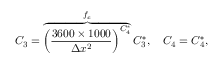
C _ { 3 } = \overbrace { { \left( \frac { 3 6 0 0 \times 1 0 0 0 } { \Delta x ^ { 2 } } \right) } ^ { C _ { 4 } ^ { * } } } ^ { f _ { c } } C _ { 3 } ^ { * } , \ \ \ C _ { 4 } = C _ { 4 } ^ { * } ,